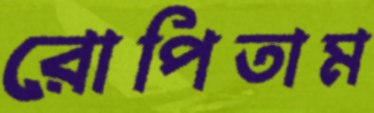
রোপিতাম